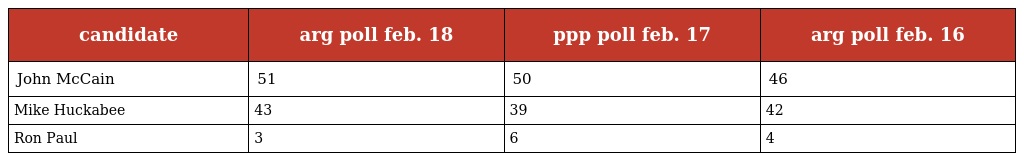
| candidate | arg poll feb. 18 | ppp poll feb. 17 | arg poll feb. 16 |
 | --- | --- | --- | --- |
 | John McCain | 51 | 50 | 46 |
 | Mike Huckabee | 43 | 39 | 42 |
 | Ron Paul | 3 | 6 | 4 |